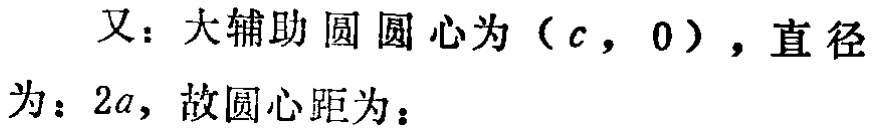
又：大辅助圆圆心为\((c,0)\)，直径为：\(2a\)，故圆心距为：